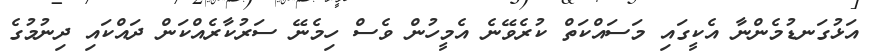
އަޅުގަނޑުމެންނާ އެކީގައި މަސައްކަތް ކުރެވޭނެ އެމީހުން ވެސް ހިމެނޭ ސަރުކާރެއްކަން ދައްކައި ދިނުމުގެ